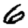
Digit: 6